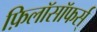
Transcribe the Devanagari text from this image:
फ़िलॉसॉफर्स्